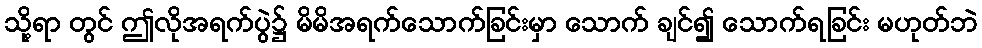
သို့ရာ တွင် ဤလိုအရက်ပွဲ၌ မိမိအရက်သောက်ခြင်းမှာ သောက် ချင်၍ သောက်ရခြင်း မဟုတ်ဘဲ